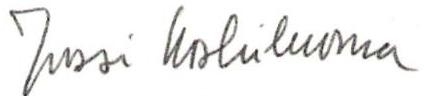
Jussi Koskiluoma